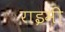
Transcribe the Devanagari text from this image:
राइमी